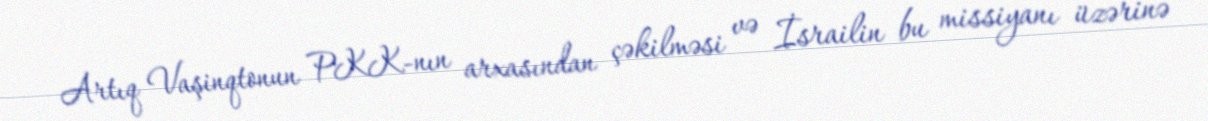
Artıq Vaşinqtonun PKK-nın arxasından çəkilməsi və İsrailin bu missiyanı üzərinə